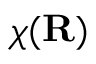
\chi ( \mathbf { R } )